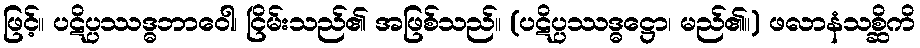
ဖြင့်။ ပဋိပ္ပဿဒ္ဓဘာဝေါ၊ ငြိမ်းသည်၏ အဖြစ်သည်။ (ပဋိပ္ပဿဒ္ဓဋ္ဌော၊ မည်၏။) ဖလာနံသစ္ဆိကိ